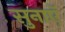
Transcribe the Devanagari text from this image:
सुनाएॅ